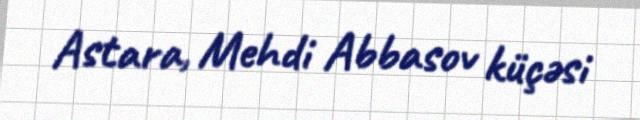
Astara, Mehdi Abbasov küçəsi